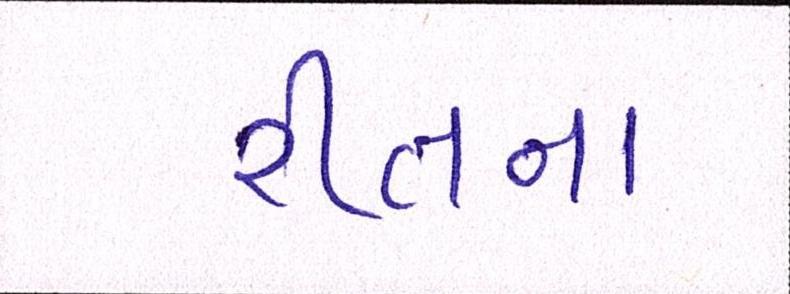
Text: રીતના